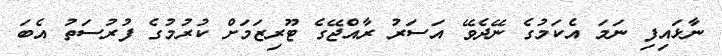
ނާޅައިފި ނަމަ އެކަމުގެ ނޭދެވޭ އަސަރު ރާއްޖޭގެ ޓޫރިޒަމަށް ކުރުމުގެ ފުރުސަތު އެބަ